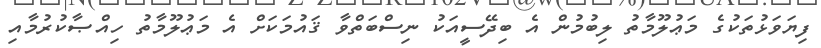
ފިޔަވަޅުތަކުގެ މަޢުލޫމާތު ލިބުމުން އެ ބިދޭސީއަކު ނިސްބަތްވާ ޤައުމަކަށް އެ މަޢުލޫމާތު ހިއްޞާކުރުމާއި